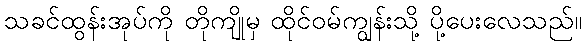
သခင်ထွန်းအုပ်ကို တိုကျိုမှ ထိုင်ဝမ်ကျွန်းသို့ ပို့ပေးလေသည်။